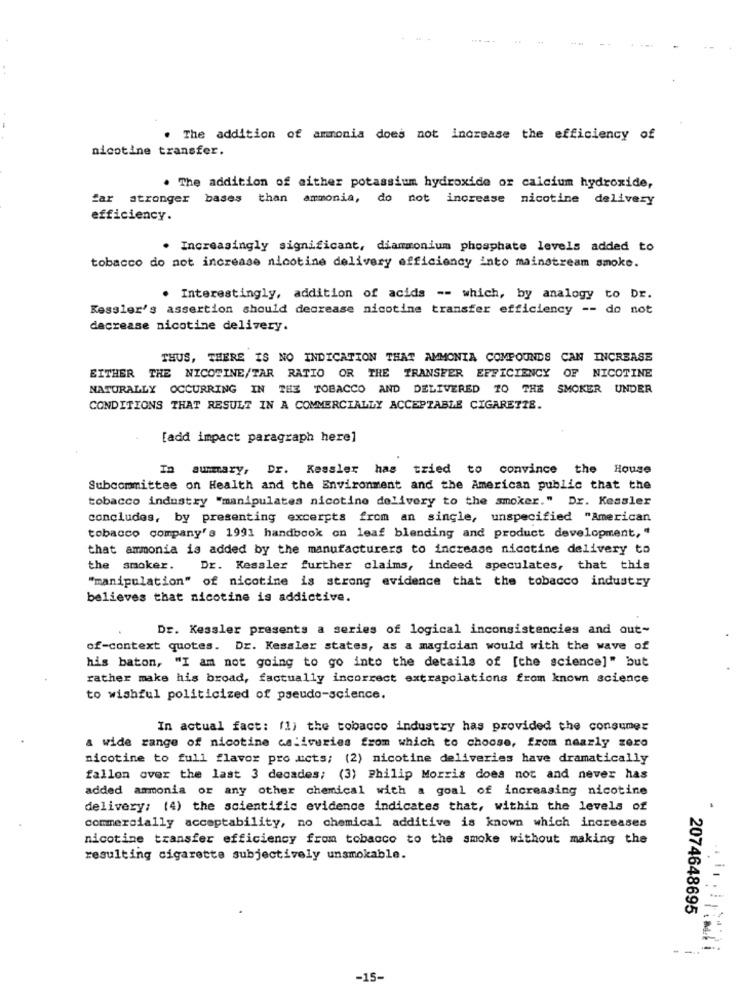
. The addition of ammonia does not increase the efficiency of
nicotine transfer.
. The addition of either potassium hydroxide or calcium hydroxide,
far atronger bases than ammonia, do not increase nicotine delivery
efficiency.
. Increasingly significant, diammonium phosphate levels added to
tobacco do not increase nicotine delivery efficiency into mainstream smoke.
. Interestingly, addition of acids -- which, by analogy to Dr.
Kessler's assertion should decrease nicotine transfer efficiency -- do not
decrease nicotine delivery.
THUS, THERE IS NO INDICATION THAT AMMONIA COMPOUNDS CAN INCREASE
EITHER THE NICOTINE/TAR RATIO OR THE TRANSFER EFFICIENCY OF NICOTINE
NATURALLY OCCURRING IN THE TOBACCO AND DELIVERED TO THE SMOKER UNDER
CONDITIONS THAT RESULT IN A COMMERCIALLY ACCEPTABLE CIGARETZE.
[add impact paragraph here]
In summary, Dr. Kessler has tried to convince the House
Subcommittee on Health and the Environment and the American public that the
tobacco industry "manipulates nicotine delivery to the smoker." Dr. Kessler
concludes, by presenting excerpts from an single, unspecified "American
tobacco company's 1991 handbook on leaf blending and product development, "
that ammonia is added by the manufacturers to increase nicotine delivery to
the smoker.
Dr. Kessler further claims, indeed speculates, that this
"manipulation" of nicotine is strong evidence that the tobacco industry
believes that nicotine is addictive.
Dr. Kessler presents a series of logical inconsistencies and out-
of-context quotes. Dr. Kessler states, as a magician would with the wave of
his baton, "I am not going to go into the details of [the science]" but
rather make his broad, factually incorrect extrapolations from known science
to wishful politicized of pseudo-science.
In actual fact: (1) the tobacco industry has provided the consumer
a wide range of nicotine calivaries from which to choose, from nearly zero
nicotine to full flavor pro ucts; (2) nicotine deliveries have dramatically
fallon over the last 3 decades; (3) Philip Morris does not and never has
added ammonia or any other chemical with a goal of increasing nicotine
delivery: (4) the scientific evidence indicates that, within the levels of
commercially acceptability, no chemical additive is known which increases
nicotine transfer efficiency from tobacco to the smoke without making the
resulting cigarette subjectively unsmokable.
2074648695
-15-